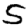
Digit: 5